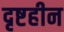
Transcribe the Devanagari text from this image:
दृष्टहीन